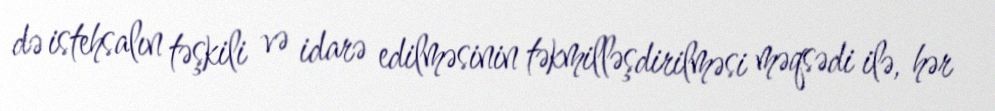
də istehsalın təşkili və idarə edilməsinin təkmilləşdirilməsi məqsədi ilə, hər